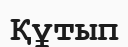
Құтып